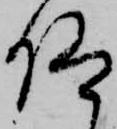
仰